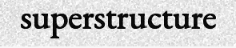
superstructure